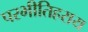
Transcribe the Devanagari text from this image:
परभीतिहराय